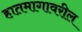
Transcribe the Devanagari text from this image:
हातमागावरील